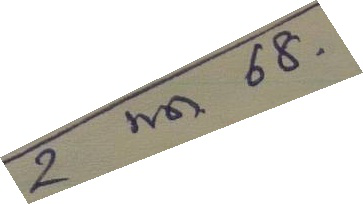
2 พ.ค. 68